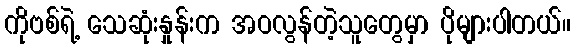
ကိုဗစ်ရဲ့ သေဆုံးနှုန်းက အဝလွန်တဲ့သူတွေမှာ ပိုများပါတယ်။